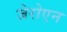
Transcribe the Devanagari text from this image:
जेरोएन